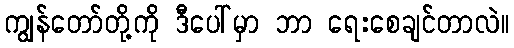
ကျွန်တော်တို့ကို ဒီပေါ်မှာ ဘာ ရေးစေချင်တာလဲ။